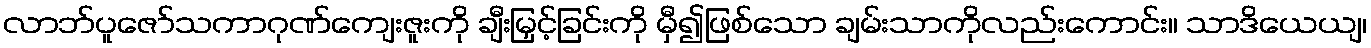
လာဘ်ပူဇော်သကာဂုဏ်ကျေးဇူးကို ချီးမြှင့်ခြင်းကို မှီ၍ဖြစ်သော ချမ်းသာကိုလည်းကောင်း။ သာဒိယေယျ၊